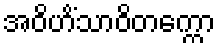
အဝိဟိံသာဝိတက္ကော